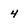
Character: 4